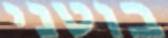
בוטני